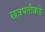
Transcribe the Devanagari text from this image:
छत्रपतीकडे